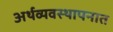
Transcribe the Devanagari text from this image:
अर्थव्यवस्थापनात